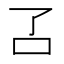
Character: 叾